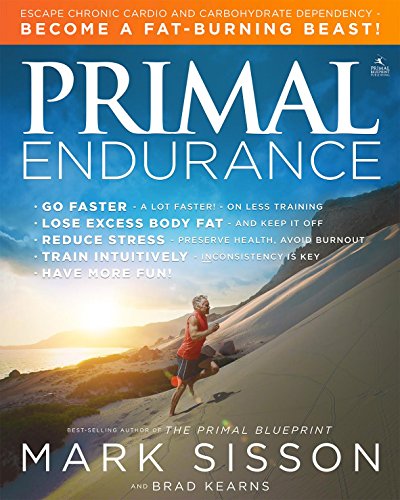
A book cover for Primal Endurance: Escape chronic cardio and carbohydrate dependency and become a fat burning beast!; Mark Sisson; Health, Fitness & Dieting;